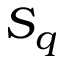
S _ { q }